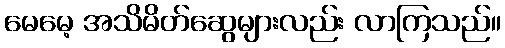
မေမေ့ အသိမိတ်ဆွေများလည်း လာကြသည်။